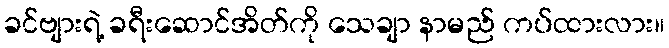
ခင်ဗျားရဲ့ ခရီးဆောင်အိတ်ကို သေချာ နာမည် ကပ်ထားလား။